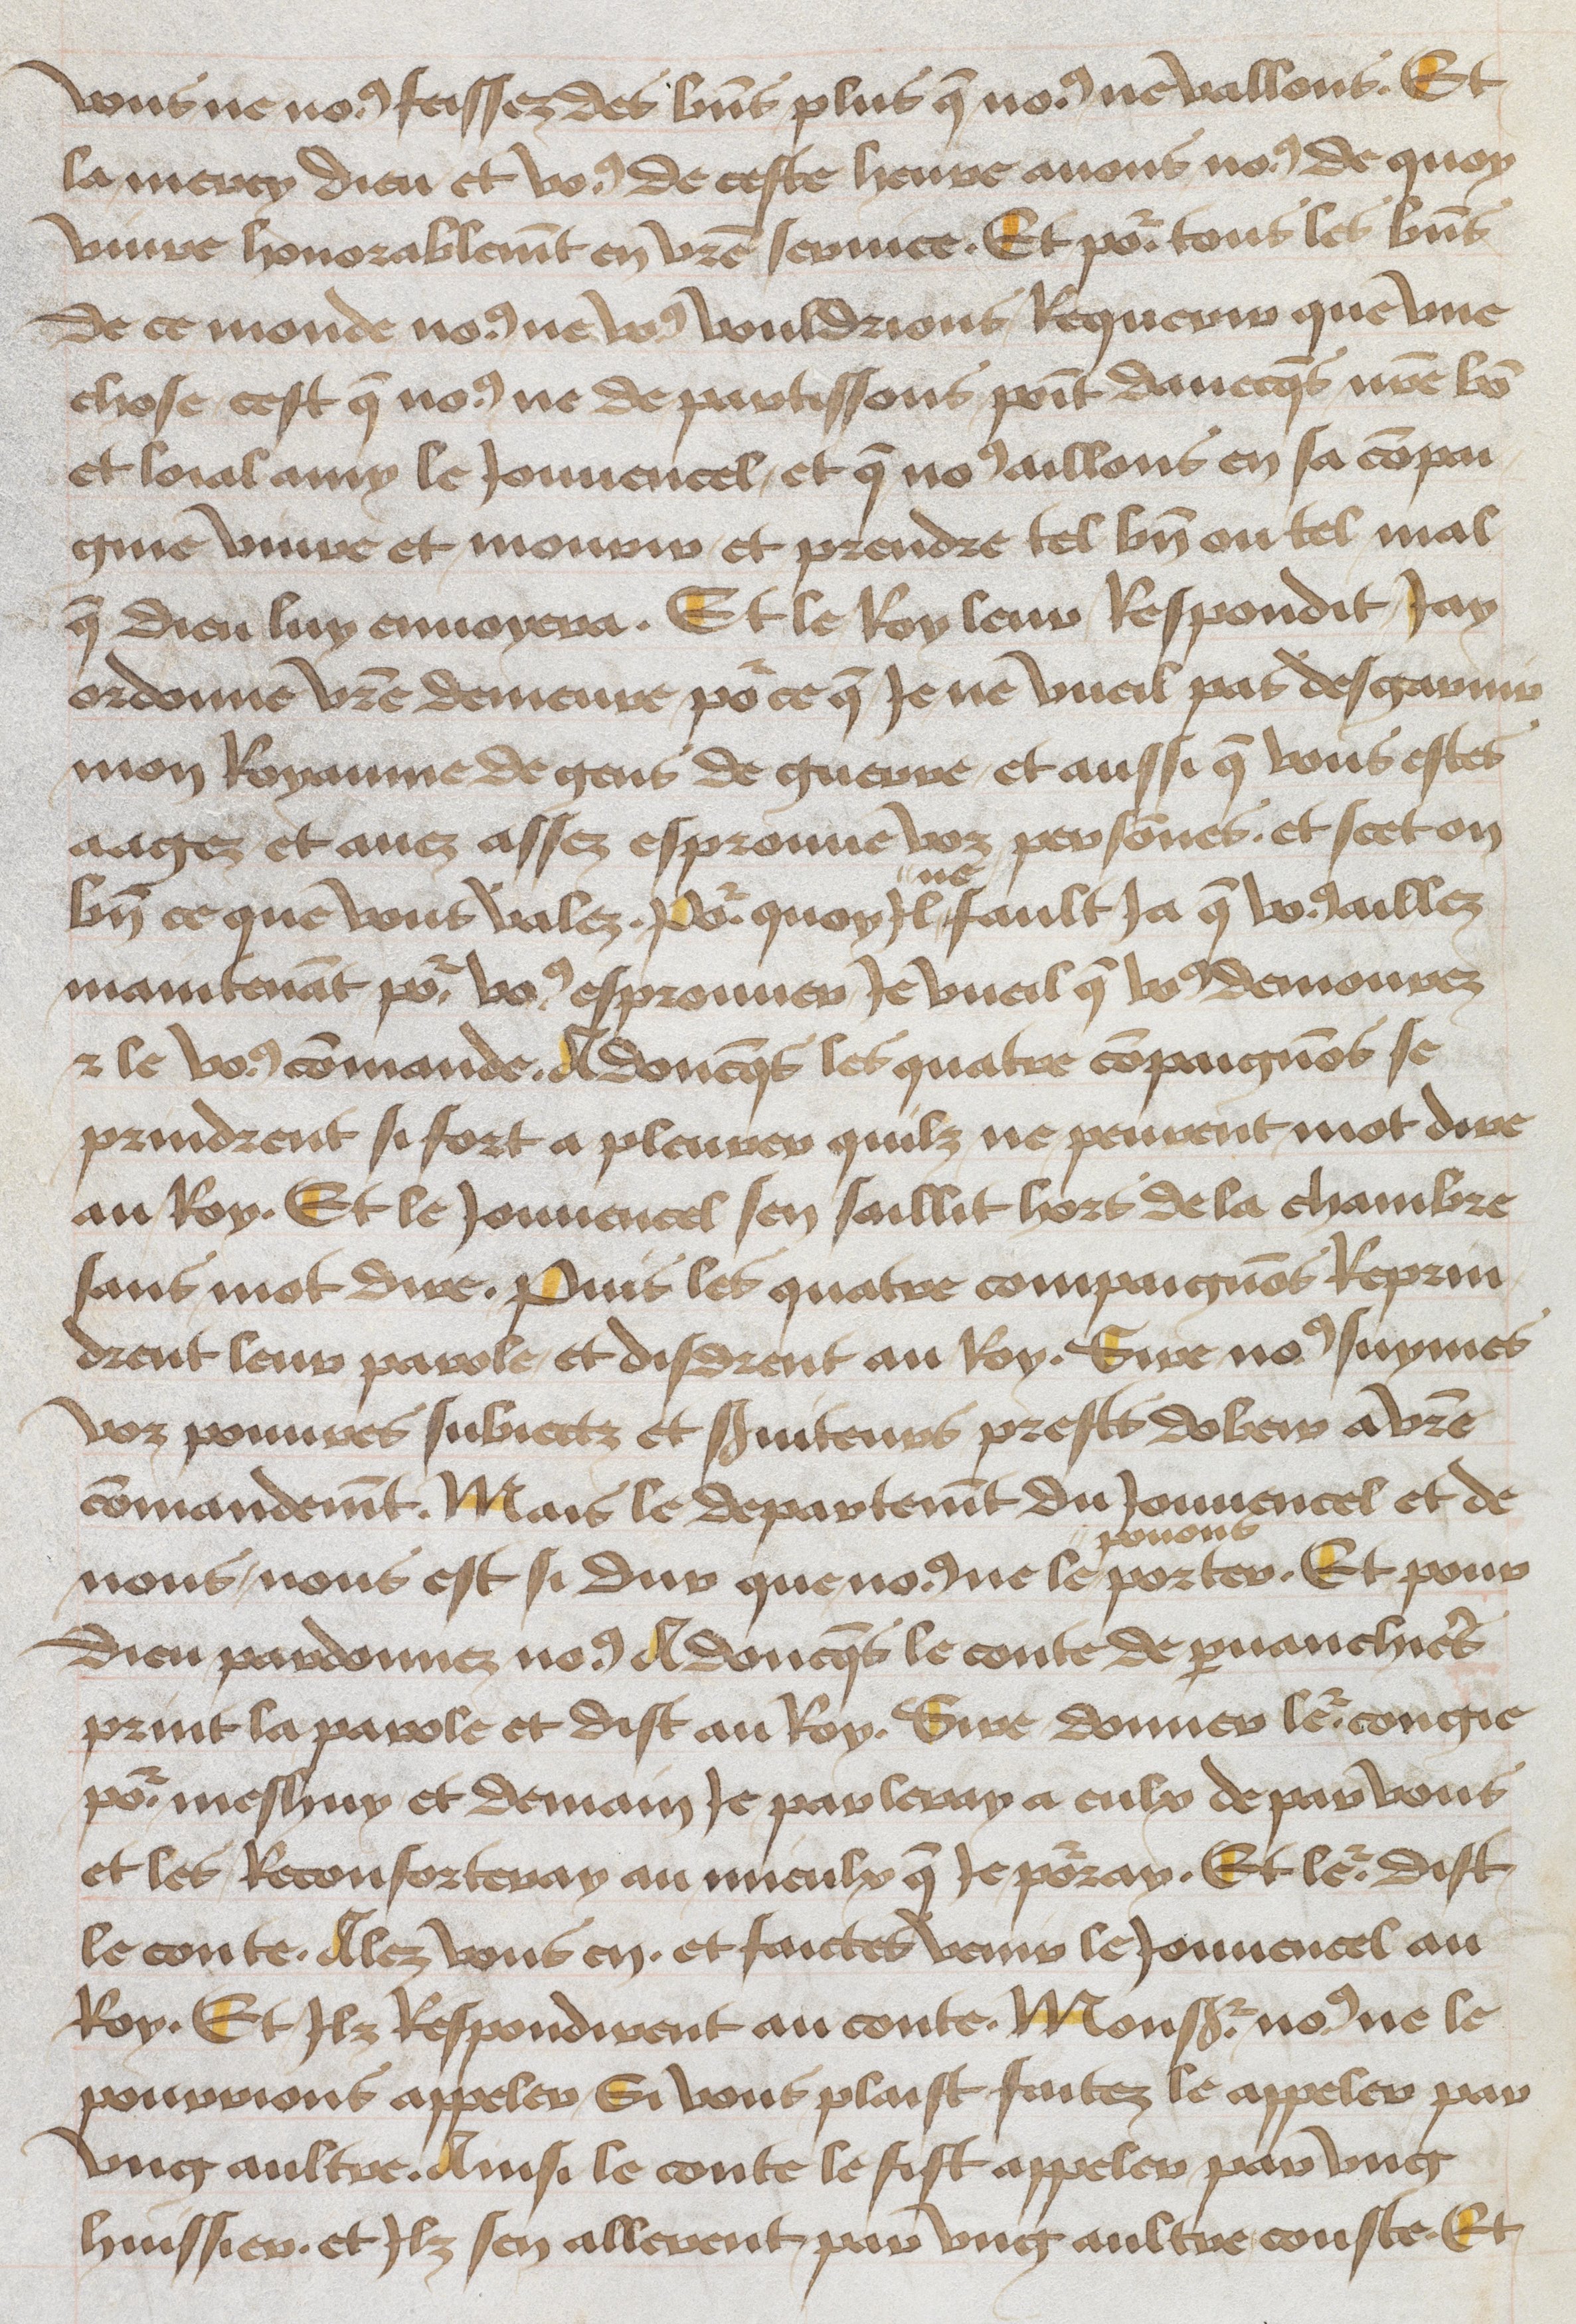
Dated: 1465–1480